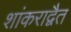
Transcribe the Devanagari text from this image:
शांकराद्वैत